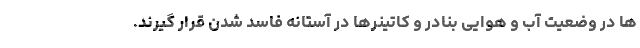
ها در وضعیت آب و هوایی بنادر و کاتینرها در آستانه فاسد شدن قرار گیرند.